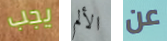
يجب الألم عن